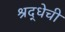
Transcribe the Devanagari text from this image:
श्रद्धेची